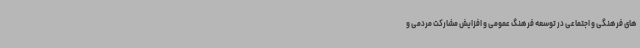
های فرهنگی و اجتماعی در توسعه فرهنگ عمومی و افزایش مشارکت مردمی و